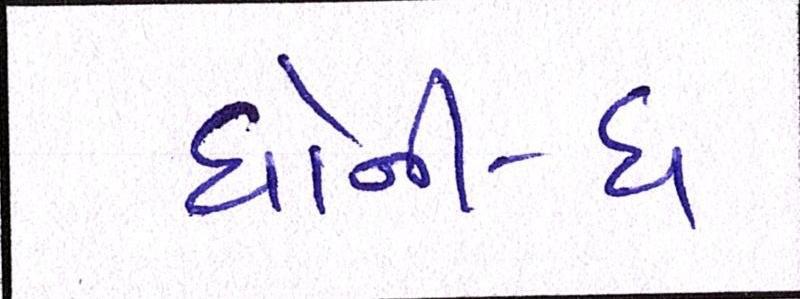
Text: ધોની-ધ